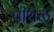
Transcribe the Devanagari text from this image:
पीथळ